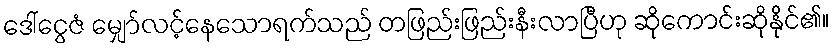
ဒေါ်ငွေဇံ မျှော်လင့်နေသောရက်သည် တဖြည်းဖြည်းနီးလာပြီဟု ဆိုကောင်းဆိုနိုင်၏။